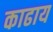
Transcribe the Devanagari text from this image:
काढाय